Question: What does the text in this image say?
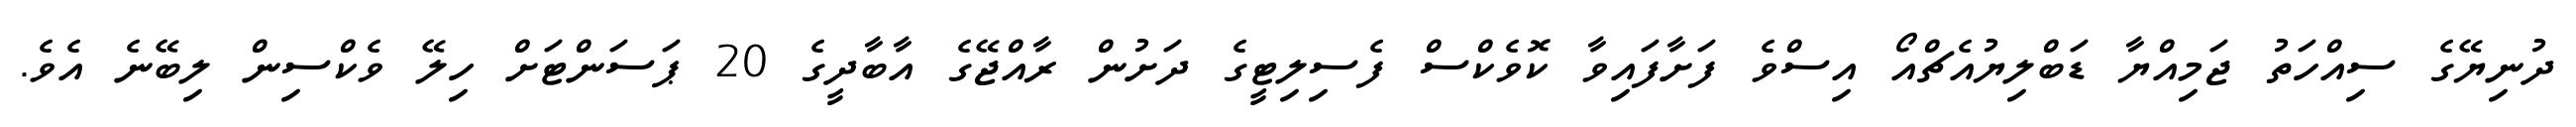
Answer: ދުނިޔޭގެ ސިއްހަތު ޖަމިއްޔާ ޑަބްލިޔުއެޗްއޯ އިސްވެ ފަށާފައިވާ ކޮވެކްސް ފެސިލިޓީގެ ދަށުން ރާއްޖޭގެ އާބާދީގެ 20 ޕަސަންޓަށް ހިލޭ ވެކްސިން ލިބޭނެ އެވެ.